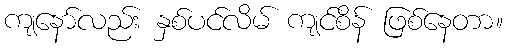
ကျနော်လည်း နှစ်ပင်လိမ် ကျင်စိန် ဖြစ်နေတာ။